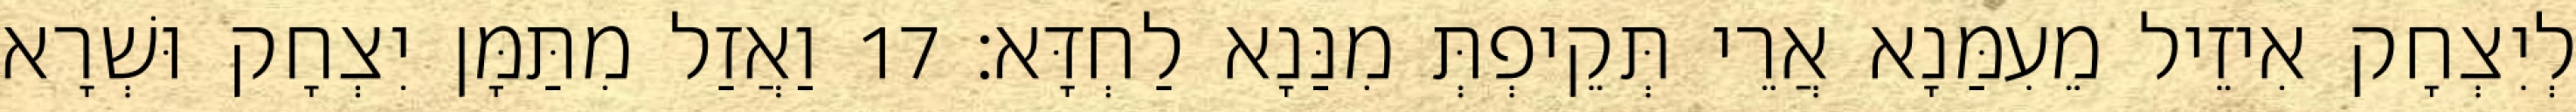
לְיִצְחָק אִיזֵיל מֵעִמַּנָא אֲרֵי תְּקֵיפְתְּ מִנַּנָא לַחְדָּא׃ 17 וַאֲזַל מִתַּמָּן יִצְחָק וּשְׁרָא